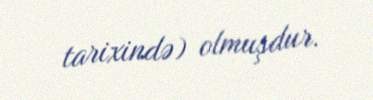
tarixində) olmuşdur.